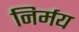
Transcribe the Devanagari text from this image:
निर्मय